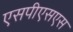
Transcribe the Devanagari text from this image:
एसपीएसएस